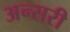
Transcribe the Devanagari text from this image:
अन्सरी